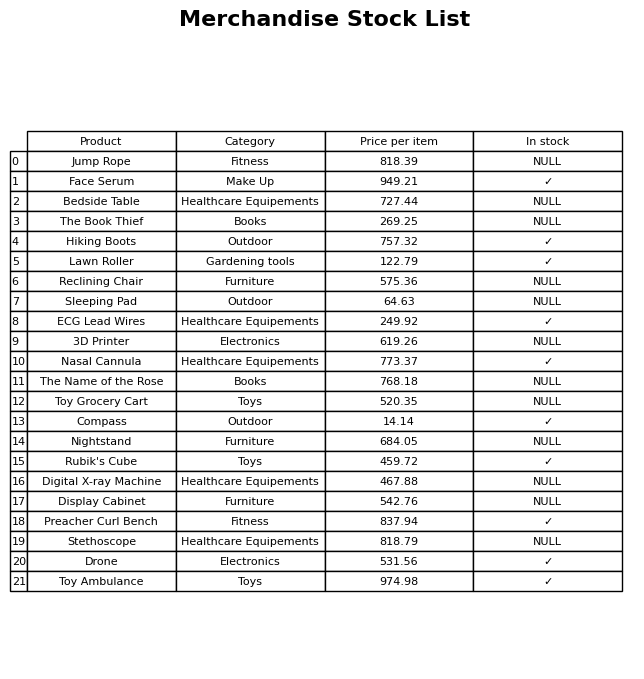
question: What is the stock status of the Face Serum?
answer: ✓